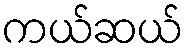
ကယ်ဆယ်